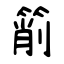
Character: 箾